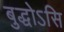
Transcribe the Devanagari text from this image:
बुद्धोऽसि